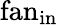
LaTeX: \mathrm{fan}_{\mathrm{in}}